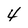
Character: 4